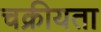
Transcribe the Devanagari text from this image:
चक्रीयता